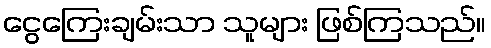
ငွေကြေးချမ်းသာ သူများ ဖြစ်ကြသည်။